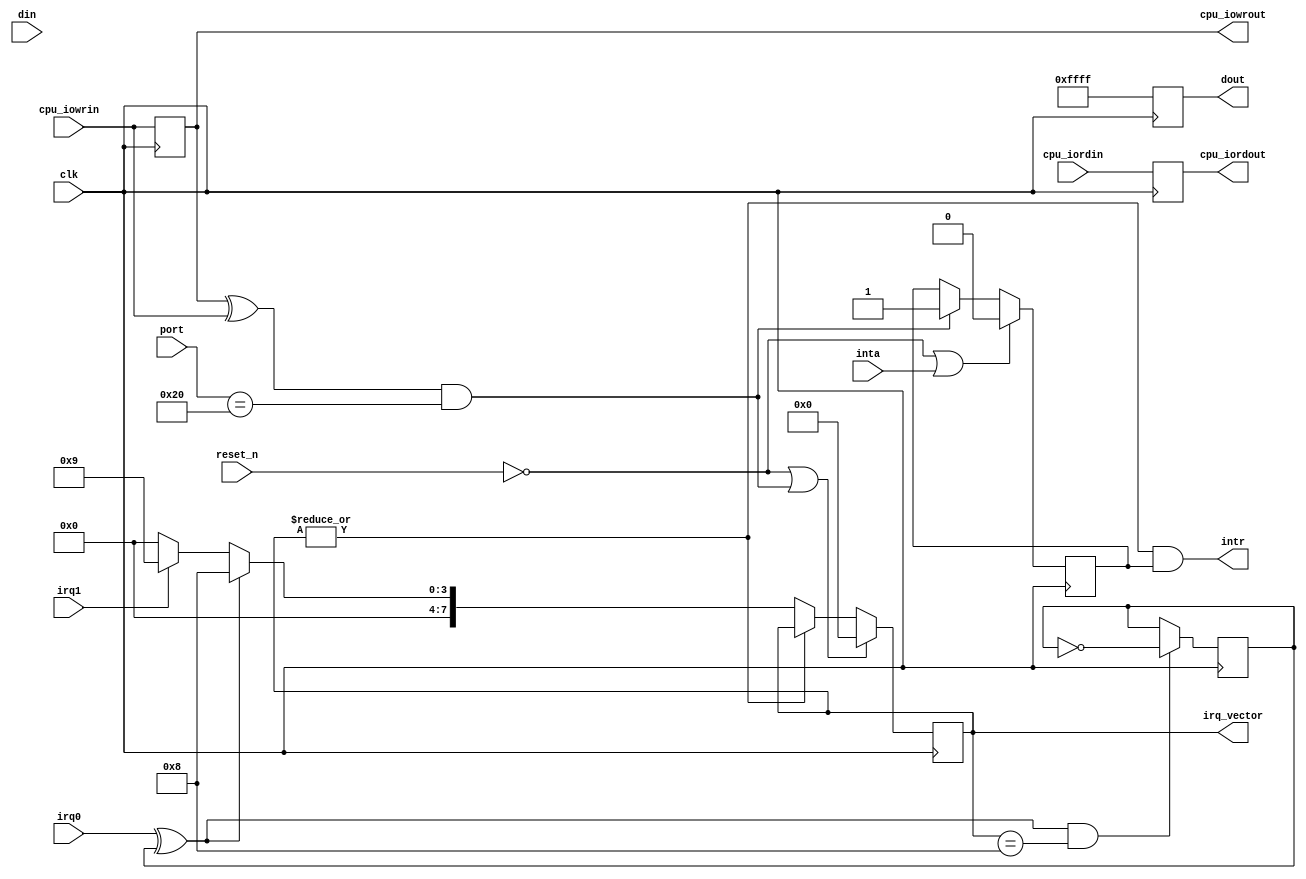
module PIC(
	input wire clk,
	input wire reset_n,
	
	input wire [11:0] port,
	input wire [15:0] din,
	output reg [15:0] dout,

	input wire cpu_iordin,
	output reg cpu_iordout,
	input wire cpu_iowrin,
	output reg cpu_iowrout,

	input wire inta,
	
	output reg [7:0] irq_vector,
	output wire intr,
	
	input wire irq0,
	input wire irq1
);

//  IRQ0   ,  IRQ1   

reg irq0_toggle;

reg irq_enable;

wire irq = |irq_vector;

assign intr = irq & irq_enable;

wire iord = cpu_iordout ^ cpu_iordin;
wire iowr = cpu_iowrout ^ cpu_iowrin;

wire cs_20h = port == 12'h020;

always @(posedge clk)
begin
	cpu_iordout <= cpu_iordin;
	cpu_iowrout <= cpu_iowrin;
	
	irq_enable <= (~reset_n) | inta ? 1'b0 : iowr && cs_20h ? 1'b1 : irq_enable;
	
	irq_vector <= (~reset_n) || (iowr && cs_20h) ? 8'd0 :
		|irq_vector ? irq_vector : irq0 ^ irq0_toggle ? 8'd8 : irq1 ? 8'd9 : 8'd0;
		
	irq0_toggle <= (irq0 ^ irq0_toggle) && (irq_vector == 8'd8) ? ~irq0_toggle : irq0_toggle;

	dout <= 16'hFFFF;
end

endmodule